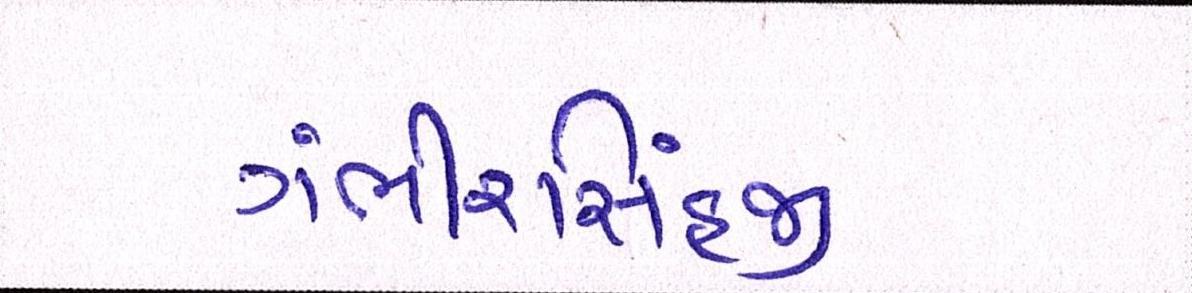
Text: ગંભીરસિંહજી